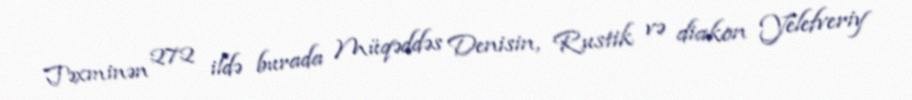
Təxminən 272 ildə burada Müqəddəs Denisin, Rustik və diakon Yelefveriy